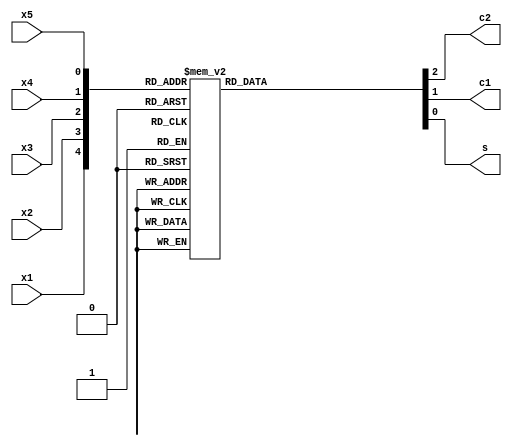
module Compressor53(input wire  x1,x2,x3,x4,x5,
                    output reg  c2,c1,s);

    always @(*) begin
        case({x1,x2,x3,x4,x5})
            5'b00000: {c2,c1,s} = 3'b000;
            5'b00001: {c2,c1,s} = 3'b001;
            5'b00010: {c2,c1,s} = 3'b001;
            5'b00011: {c2,c1,s} = 3'b010;
            5'b00100: {c2,c1,s} = 3'b001;
            5'b00101: {c2,c1,s} = 3'b010;
            5'b00110: {c2,c1,s} = 3'b010;
            5'b00111: {c2,c1,s} = 3'b011;
            5'b01000: {c2,c1,s} = 3'b001;
            5'b01001: {c2,c1,s} = 3'b010;
            5'b01010: {c2,c1,s} = 3'b010;
            5'b01011: {c2,c1,s} = 3'b011;
            5'b01100: {c2,c1,s} = 3'b010;
            5'b01101: {c2,c1,s} = 3'b011;
            5'b01110: {c2,c1,s} = 3'b011;
            5'b01111: {c2,c1,s} = 3'b100;
            5'b10000: {c2,c1,s} = 3'b001;
            5'b10001: {c2,c1,s} = 3'b010;
            5'b10010: {c2,c1,s} = 3'b010;
            5'b10011: {c2,c1,s} = 3'b011;
            5'b10100: {c2,c1,s} = 3'b010;
            5'b10101: {c2,c1,s} = 3'b011;
            5'b10110: {c2,c1,s} = 3'b011;
            5'b10111: {c2,c1,s} = 3'b100;
            5'b11000: {c2,c1,s} = 3'b010;
            5'b11001: {c2,c1,s} = 3'b011;
            5'b11010: {c2,c1,s} = 3'b011;
            5'b11011: {c2,c1,s} = 3'b100;
            5'b11100: {c2,c1,s} = 3'b011;
            5'b11101: {c2,c1,s} = 3'b100;
            5'b11110: {c2,c1,s} = 3'b100;
            5'b11111: {c2,c1,s} = 3'b101;
            default:  {c2,c1,s} = 3'b000;
        endcase
    end

endmodule